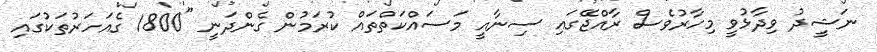
ނަޝީދު ވިދާޅުވީ މިހާރުވެސް ރާއްޖޭގައި ސިނާއީ މަސައްކަތްތައް ކުރަމުން ގެންދަނީ "1800 ގެއަހަރުތަކުގައި